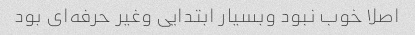
اصلا خوب نبود وبسیار ابتدایی وغیر حرفه‌ای بود